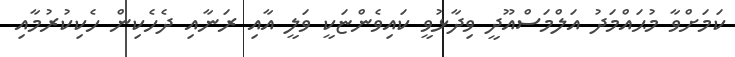
ކަމަށްވާ މުޙައްމަދު އަލްމަސްއޫދީ ވިދާޅުވީ ކައިވެންޏަކީ ވަލީ އާއި ރަނާއި ދެހެކިން ހެކިކުރުމާއި